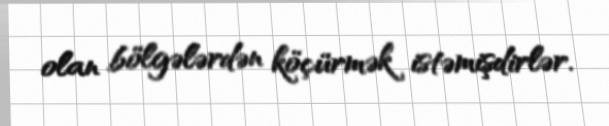
olan bölgələrdən köçürmək istəmişdirlər.